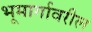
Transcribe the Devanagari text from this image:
भूमार्गावरील